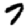
Digit: 7